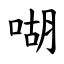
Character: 㗅